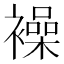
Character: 襙